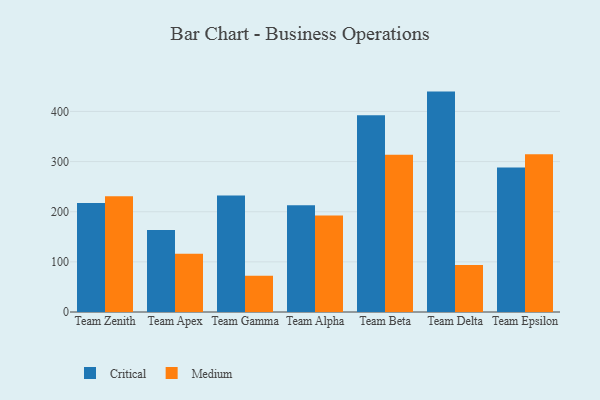
{"axis": {"x": "Team", "y": "Website Visitors"}, "legend": ["Critical", "Medium"], "data": [{"x": "Team Zenith", "y": 217.4, "type": "Critical"}, {"x": "Team Zenith", "y": 230.9, "type": "Medium"}, {"x": "Team Apex", "y": 163.6, "type": "Critical"}, {"x": "Team Apex", "y": 116.2, "type": "Medium"}, {"x": "Team Gamma", "y": 232.5, "type": "Critical"}, {"x": "Team Gamma", "y": 72.1, "type": "Medium"}, {"x": "Team Alpha", "y": 213.0, "type": "Critical"}, {"x": "Team Alpha", "y": 192.3, "type": "Medium"}, {"x": "Team Beta", "y": 392.2, "type": "Critical"}, {"x": "Team Beta", "y": 313.4, "type": "Medium"}, {"x": "Team Delta", "y": 439.6, "type": "Critical"}, {"x": "Team Delta", "y": 93.7, "type": "Medium"}, {"x": "Team Epsilon", "y": 288.2, "type": "Critical"}, {"x": "Team Epsilon", "y": 314.8, "type": "Medium"}]}